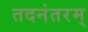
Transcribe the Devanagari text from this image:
तदनंतरम्